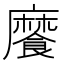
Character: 𩞁